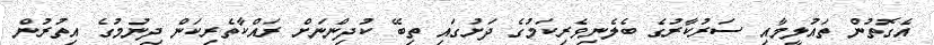
އެގޮތުން ތައުލީމާއި ސަރުކާރުގެ ބެލެނިވެރިކަމުގެ ދަށުގައި ތިބޭ ކުދިންނަށް ރައްކާތެރިކަން ދިނުމުގެ އިތުރުން